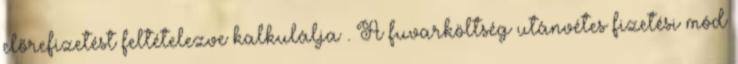
előrefizetést feltételezve kalkulálja . A fuvarköltség utánvétes fizetési mód